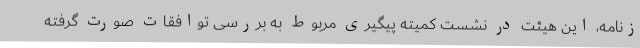
زنامه، این هیئت در نشست کمیته پیگیری مربوط به بررسی توافقات صورت گرفته